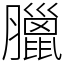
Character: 臘